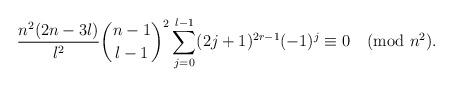
LaTeX: \begin{align*}\frac{n^2(2n-3l)}{l^2}\binom{n-1}{l-1}^2\sum_{j=0}^{l-1}(2j+1)^{2r-1}(-1)^j\equiv0\pmod{n^2}.\end{align*}